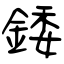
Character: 錗